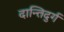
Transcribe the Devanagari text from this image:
दान्तिदुर्ग